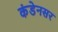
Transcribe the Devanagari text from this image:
कंडेनसर